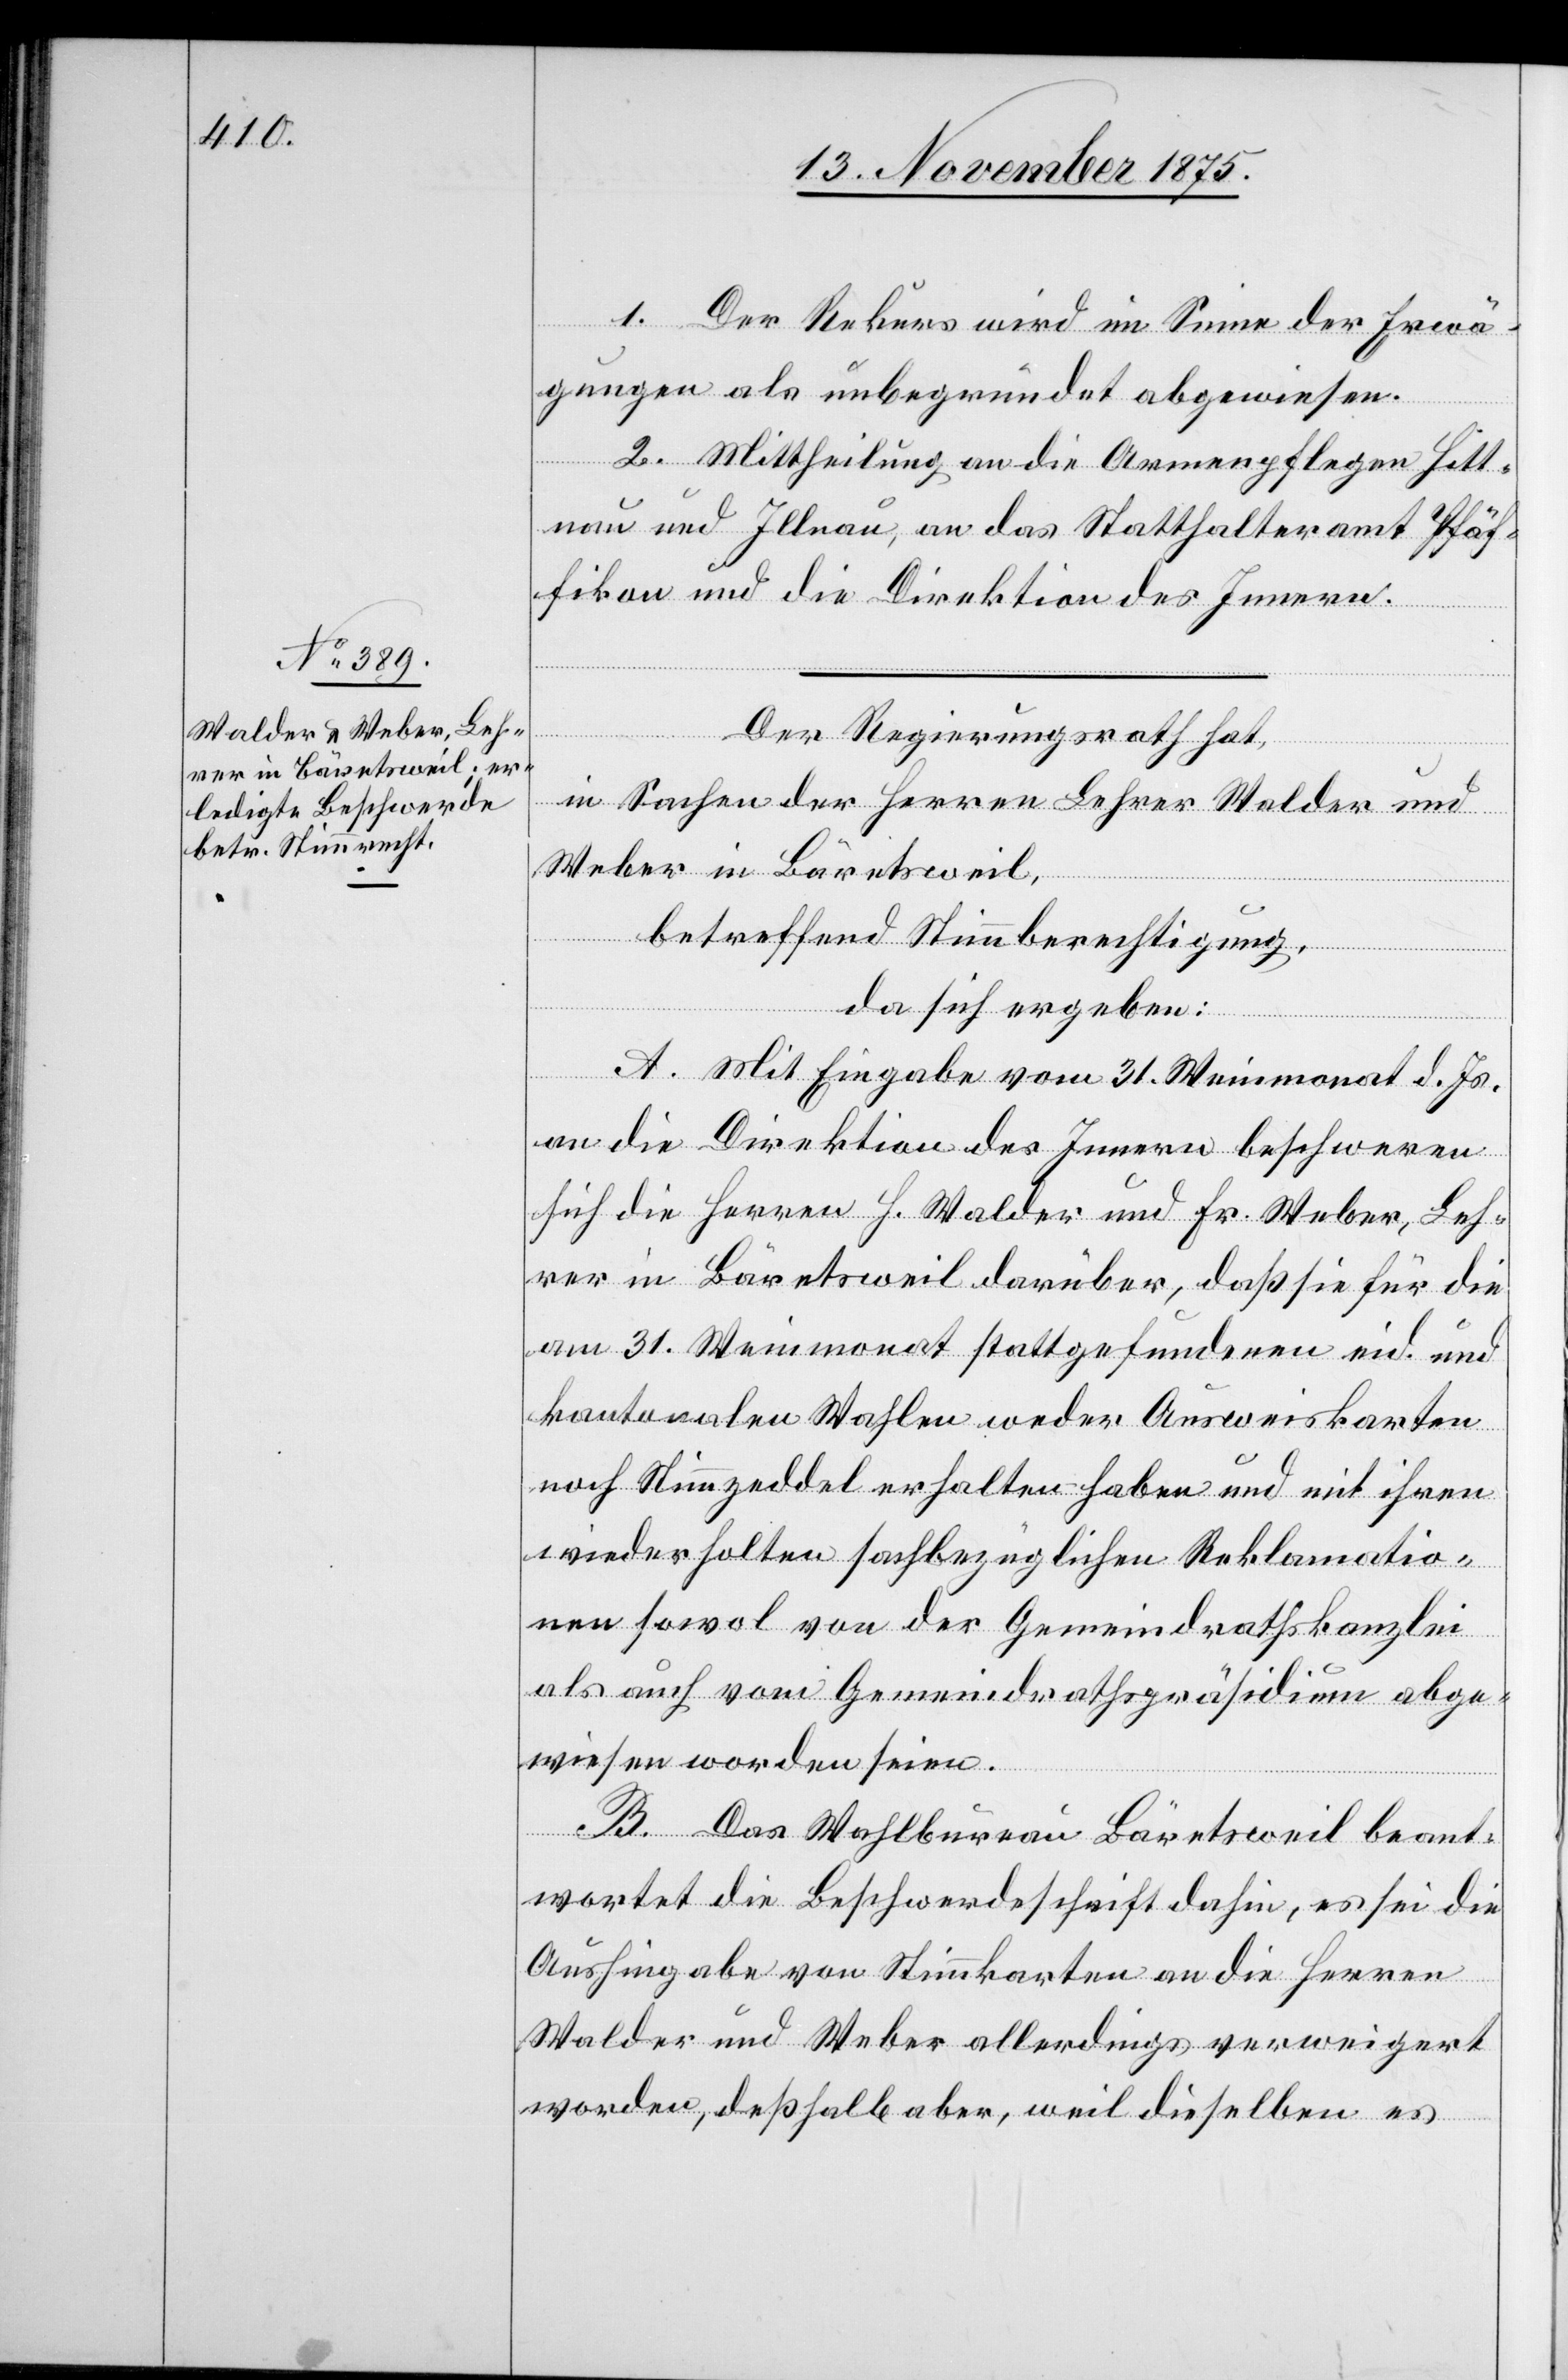
1. Der Rekurs wird im Sinne der Erwä¬
gungen als unbegründet abgewiesen.
2. Mittheilung an die Armenpflegen Hitt¬
nau und Illnau, an das Statthalteramt Pfäf¬
fikon und die Direktion des Innern.
Der Regierungsrath hat,
in Sachen der Herren Lehrer Walder und
Weber in Bäretsweil,
betreffend Stimmberechtigung,
da sich ergeben:
A. Mit Eingabe vom 31. Weinmonat d. Js.
an die Direktion des Innern beschweren
sich die Herren H. Walder und Fr. Weber, Leh¬
rer in Bäretsweil darüber, daß sie für die
am 31. Weinmonat stattgefundenen eid. und
kantonalen Wahlen weder Ausweiskarten
noch Stimmzeddel erhalten haben und mit ihren
wiederholten sachbezüglichen Reklamatio¬
nen sowol von der Gemeindrathskanzlei
als auch vom Gemeindrathspräsidium abge¬
wiesen worden seien.
B. Das Wahlbureau Bäretsweil beant¬
wortet die Beschwerdeschrift dahin, es sei die
Aushingabe von Stimmkarten an die Herren
Walder und Weber allerdings verweigert
worden, deßhalb aber, weil dieselben es